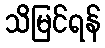
သိမြင်ရန်